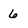
Character: 6